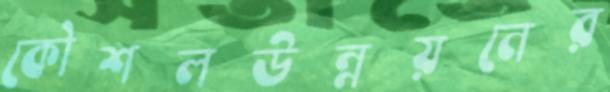
কৌশলউন্নয়নের